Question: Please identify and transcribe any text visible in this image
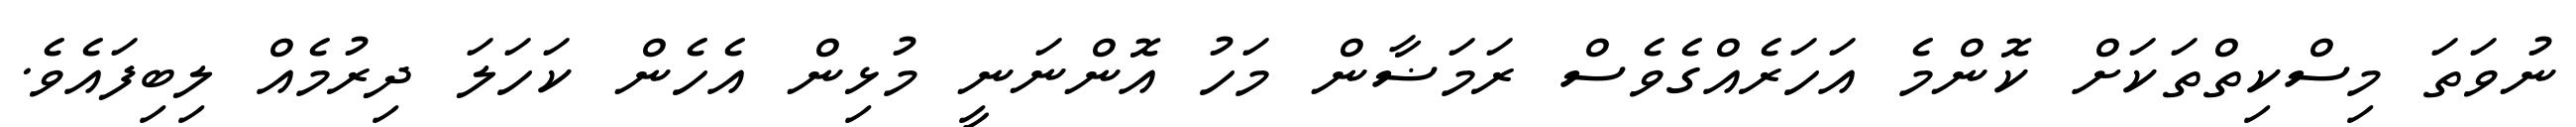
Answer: ނުވަތަ މިސްކިތްތަކަށް ކޮންމެ އަހަރެއްގެވެސް ރަމަޟާން މަހު އޮންނަނީ މުޅިން އެހެން ކަހަލަ ދިރުމެއް ލިބިފައެވެ.